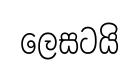
ලෙසටයි